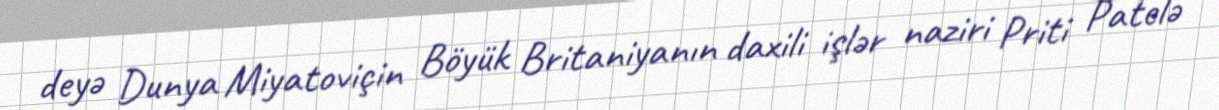
deyə Dunya Miyatoviçin Böyük Britaniyanın daxili işlər naziri Priti Patelə